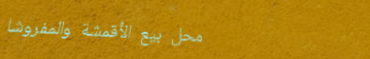
محل بيع الأقمشة والمفروشا